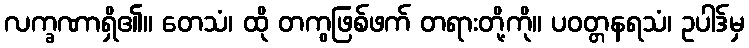
လက္ခဏာရှိ၏။ တေသံ၊ ထို တကွဖြစ်ဖက် တရားတို့ကို။ ပဝတ္တနရသံ၊ ဥပါဒ်မှ